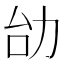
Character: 𠡇